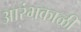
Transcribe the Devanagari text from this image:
आरंभकाळी